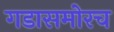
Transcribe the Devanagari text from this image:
गडासमोरच